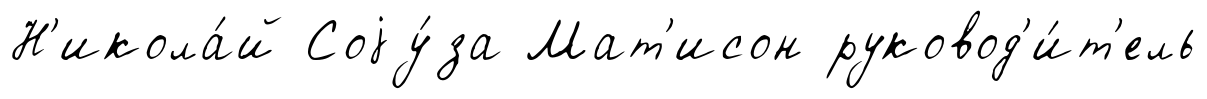
Н'икола́й Соjу́за Мат'исон руковод'и́т'ель